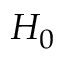
H _ { 0 }